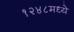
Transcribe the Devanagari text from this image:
१२४८मध्ये